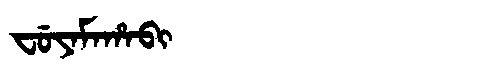
Manchu: ᠸᡠᠶᠠᠮᠠᡥᠠᠪᡳ
Romanization: FUYAMAHABI